system: You are a helpful assistant.
user:
Analyze the provided spectrum to determine if it is a **M-type Giant (gM)**.

A M-type Giant spectrum is defined by its **strong molecular absorption** features, particularly from **Titanium Oxide (TiO)**. You must check for one of the following mutually exclusive signatures:

- **Key Visual Indicators (Absorption-Dominated Spectrum):**

    - **(Primary):** The spectrum is dominated by strong molecular absorption from **Titanium Oxide (TiO)**. This is the **defining feature** of its M-type temperature class.
        - **(Key Bandheads):** Look for sharp, "saw-tooth" absorption valleys. The strongest are located near **~7050 Å**, **~6160 Å**, and **~5170 Å**.
        - **(Line Profile):** The "saw-tooth" morphology is critical: a **sharp, steep drop on the BLUE (short-wavelength) side** of the bandhead, followed by a gradual recovery (rising flux) towards the RED (long-wavelength) side.

    - **(Key Confirmation - Giant vs. Dwarf):** **ABSENCE** of strong **Calcium Hydride (CaH)** molecular bands. This is the primary diagnostic for *excluding* M-dwarfs.
        - **(Key Region):** The spectrum should lack the strong, broad absorption band seen in dwarfs between **~6800 Å and ~7000 Å**.

    - **(Secondary Confirmation - Giant):** A very strong and broad **Neutral Calcium (Ca I)** atomic absorption line.
        - **(Key Line):** Located at **~4226 Å**. In a giant (gM), this line is significantly deeper and broader than the same line in an M-dwarf (dM) due to low surface gravity.

    - **(Overall Spectrum):**
        - The continuum is **extremely red-sloping** (i.e., flux is very low in the blue and rises dramatically towards the red).
        - The entire spectrum appears "chopped up" by the deep TiO bands.

Think first, call **spectral_visualization_tool** if needed to examine features in detail, then provide your final answer. Your response must adhere to the following strict rules:
1.  **Overall Structure:** Your response must follow the format `<think>...</think> <tool_call>...</tool_call> (if a tool is used) <answer>...</answer>`.
2.  **Tool Usage Constraint:** You may only make **one** tool call per turn.
3.  **Final Answer Format:** In the `<answer>` tag, your conclusion must be inside a `\boxed{}` command (e.g., `\boxed{YES}` or `\boxed{NO}`), followed by your justification.

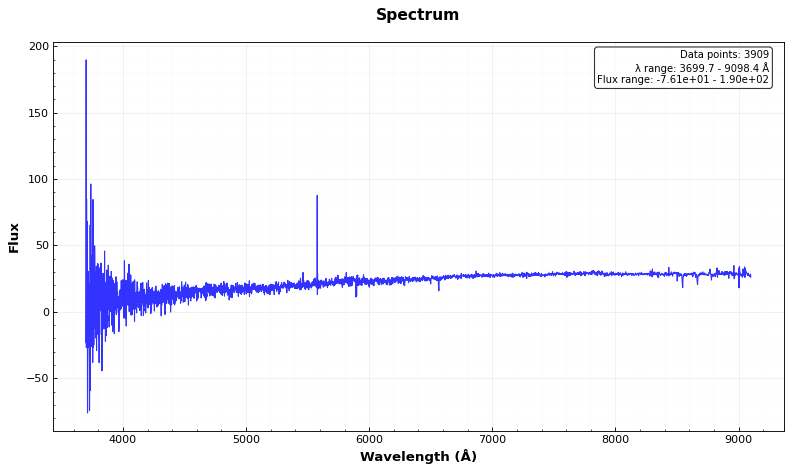
Answer: NO